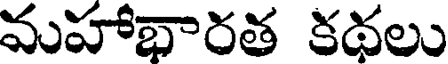
మహాభారత కథలు